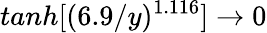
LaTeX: tanh[(6.9/y)^{1.116}]\rightarrow 0